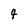
Character: 4